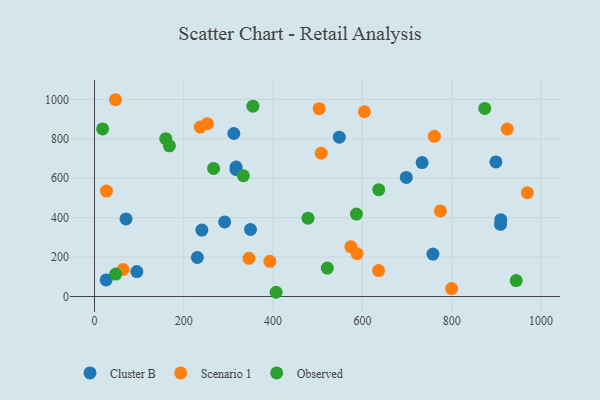
{"axis": {"x": "Experience", "y": "Profit"}, "legend": ["Cluster B", "Observed", "Scenario 1"], "data": [{"x": "312.1", "y": 827.4, "type": "Cluster B"}, {"x": "548.2", "y": 808.7, "type": "Cluster B"}, {"x": "230.4", "y": 198.0, "type": "Cluster B"}, {"x": "240.5", "y": 337.0, "type": "Cluster B"}, {"x": "316.8", "y": 644.5, "type": "Cluster B"}, {"x": "70.6", "y": 393.8, "type": "Cluster B"}, {"x": "899.0", "y": 682.8, "type": "Cluster B"}, {"x": "758.0", "y": 215.4, "type": "Cluster B"}, {"x": "733.7", "y": 679.9, "type": "Cluster B"}, {"x": "94.8", "y": 126.4, "type": "Cluster B"}, {"x": "910.0", "y": 389.8, "type": "Cluster B"}, {"x": "317.2", "y": 657.0, "type": "Cluster B"}, {"x": "291.5", "y": 378.3, "type": "Cluster B"}, {"x": "698.3", "y": 604.5, "type": "Cluster B"}, {"x": "349.4", "y": 340.0, "type": "Cluster B"}, {"x": "909.3", "y": 366.6, "type": "Cluster B"}, {"x": "26.1", "y": 84.2, "type": "Cluster B"}, {"x": "774.7", "y": 434.2, "type": "Scenario 1"}, {"x": "503.2", "y": 953.2, "type": "Scenario 1"}, {"x": "604.4", "y": 937.7, "type": "Scenario 1"}, {"x": "574.1", "y": 252.7, "type": "Scenario 1"}, {"x": "507.8", "y": 727.0, "type": "Scenario 1"}, {"x": "588.2", "y": 217.1, "type": "Scenario 1"}, {"x": "252.8", "y": 876.9, "type": "Scenario 1"}, {"x": "47.1", "y": 998.7, "type": "Scenario 1"}, {"x": "761.3", "y": 813.2, "type": "Scenario 1"}, {"x": "64.0", "y": 137.0, "type": "Scenario 1"}, {"x": "345.8", "y": 193.8, "type": "Scenario 1"}, {"x": "26.8", "y": 535.1, "type": "Scenario 1"}, {"x": "924.5", "y": 849.9, "type": "Scenario 1"}, {"x": "392.8", "y": 178.4, "type": "Scenario 1"}, {"x": "636.2", "y": 131.7, "type": "Scenario 1"}, {"x": "969.5", "y": 527.0, "type": "Scenario 1"}, {"x": "799.9", "y": 40.2, "type": "Scenario 1"}, {"x": "236.9", "y": 860.1, "type": "Scenario 1"}, {"x": "18.2", "y": 850.6, "type": "Observed"}, {"x": "521.4", "y": 144.3, "type": "Observed"}, {"x": "478.2", "y": 397.5, "type": "Observed"}, {"x": "333.4", "y": 612.9, "type": "Observed"}, {"x": "406.8", "y": 21.5, "type": "Observed"}, {"x": "354.8", "y": 965.8, "type": "Observed"}, {"x": "47.5", "y": 114.0, "type": "Observed"}, {"x": "636.6", "y": 542.2, "type": "Observed"}, {"x": "874.1", "y": 954.8, "type": "Observed"}, {"x": "944.5", "y": 81.0, "type": "Observed"}, {"x": "167.8", "y": 764.7, "type": "Observed"}, {"x": "159.6", "y": 800.9, "type": "Observed"}, {"x": "266.7", "y": 650.2, "type": "Observed"}, {"x": "586.7", "y": 418.3, "type": "Observed"}]}